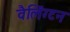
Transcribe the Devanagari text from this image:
वैलिंग्टन